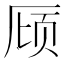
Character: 𪠌